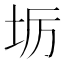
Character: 𭎅